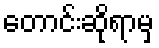
တောင်းဆိုရာမှ